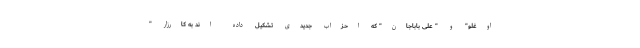
اوغلو" و " علی باباجان" که احزاب جدیدی تشکیل داده اند به کارزار "